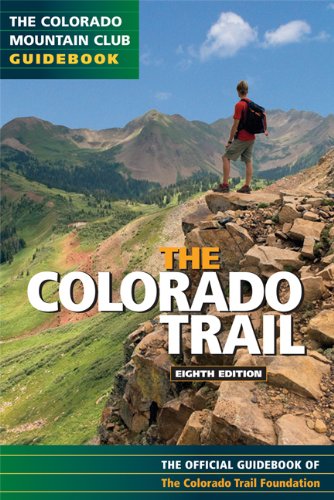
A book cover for Colorado Trail: Official Guidebook; Colorado Trail Foundation; Sports & Outdoors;